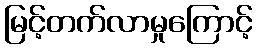
မြင့်တက်လာမှုကြောင့်